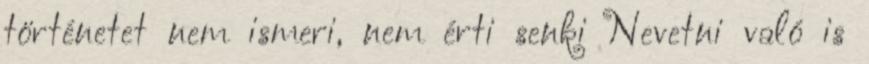
történetet nem ismeri, nem érti senki Nevetni való is